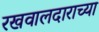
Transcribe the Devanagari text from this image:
रखवालदाराच्या